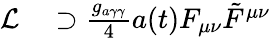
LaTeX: \begin{array}{rl}{\mathcal{L}}&{{}\supset\frac{g_{a\gamma\gamma}}{4}a(t)F_{\mu\nu}\tilde{F}^{\mu\nu}}\end{array}